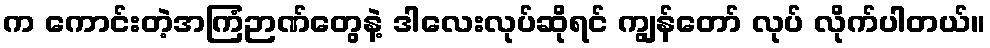
က ကောင်းတဲ့အကြံဉာဏ်တွေနဲ့ ဒါလေးလုပ်ဆိုရင် ကျွန်တော် လုပ် လိုက်ပါတယ်။